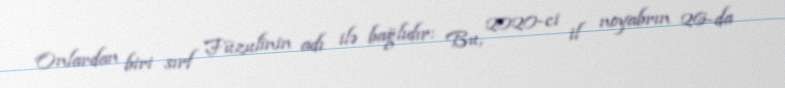
Onlardan biri sırf Füzulinin adı ilə bağlıdır: Bu, 2020-ci il noyabrın 26-da